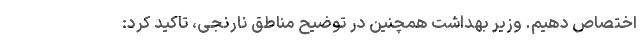
اختصاص دهیم. وزیر بهداشت همچنین در توضیح مناطق نارنجی، تاکید کرد: